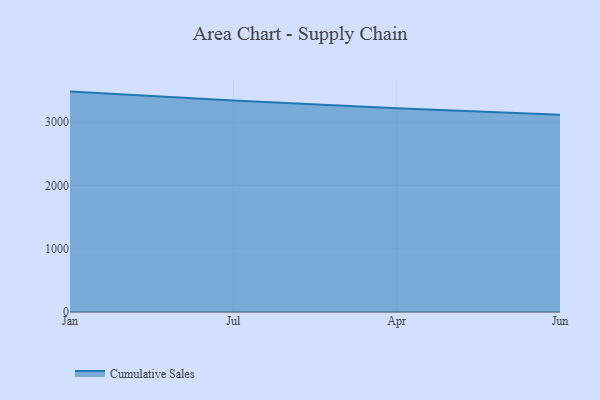
{"axis": {"x": "Month", "y": "Backlog"}, "legend": ["Cumulative Sales"], "data": [{"x": "Jan", "y": 3480.8, "type": "Cumulative Sales"}, {"x": "Jul", "y": 3341.7, "type": "Cumulative Sales"}, {"x": "Apr", "y": 3215.9, "type": "Cumulative Sales"}, {"x": "Jun", "y": 3116.7, "type": "Cumulative Sales"}]}